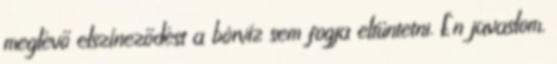
meglévő elszíneződést a bórvíz sem fogja eltüntetni. Én javaslom,